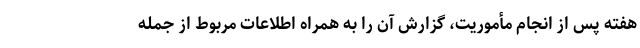
هفته پس از انجام مأموریت، گزارش آن را به همراه اطلاعات مربوط از جمله